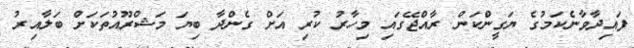
ފައިދާވާނެކަމުގެ ޔަގީންކަން ރާއްޖޭގައި މިހާރު ކުރި އަށް ގެންދާ ބިޔަ މަޝްރޫއުތަކަށް ބަލާއިރު